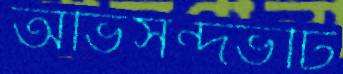
অভিসন্দর্ভটি